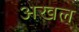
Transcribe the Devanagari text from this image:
अखल